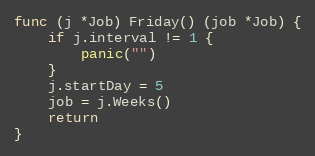
Language: Go
func (j *Job) Friday() (job *Job) {
	if j.interval != 1 {
		panic("")
	}
	j.startDay = 5
	job = j.Weeks()
	return
}